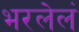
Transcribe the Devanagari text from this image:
भरलेलं